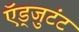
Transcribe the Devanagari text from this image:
ऍड्जुटंट